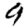
Digit: 9